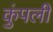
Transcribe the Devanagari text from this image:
कुंपली